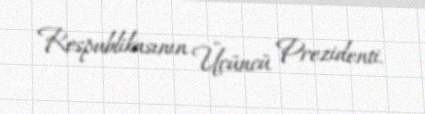
Respublikasının Üçüncü Prezidenti.